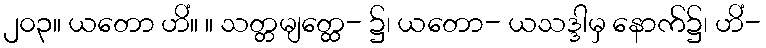
၂၀၃။ ယတော ဟိံ။ ။ သတ္တမျတ္ထေ- ၌၊ ယတော- ယသဒ္ဒါမှ နောက်၌၊ ဟိံ-